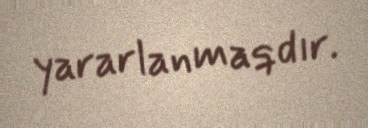
yararlanmaqdır.